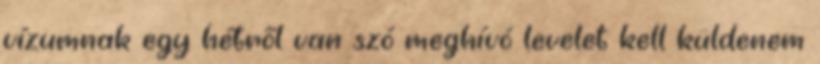
vízumnak egy hétről van szó meghívó levelet kell küldenem